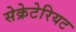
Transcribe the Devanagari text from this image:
सेक्रेटेरियट